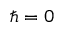
\hbar = 0